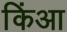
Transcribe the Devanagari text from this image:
किंआ